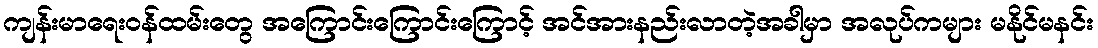
ကျန်းမာရေးဝန်ထမ်းတွေ အကြောင်းကြောင်းကြောင့် အင်အားနည်းလာတဲ့အခါမှာ အလုပ်ကများ မနိုင်မနင်း